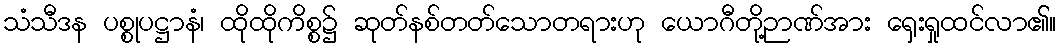
သံသီဒန ပစ္စုပဋ္ဌာနံ၊ ထိုထိုကိစ္စ၌ ဆုတ်နစ်တတ်သောတရားဟု ယောဂီတို့ဉာဏ်အား ရှေးရှုထင်လာ၏။